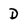
Character: D